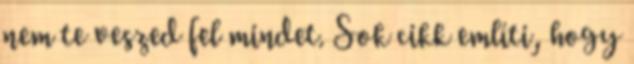
nem te veszed fel mindet. Sok cikk említi, hogy